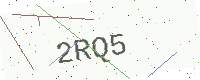
Text: 2RQ5